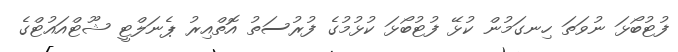
ފުޓުބޯޅަ ނުވަތަ ހިނގަމުން ކުޅޭ ފުޓުބޯޅަ ކުޅުމުގެ ފުރުސަތު އޮތްއިރު ޕެނަލްޓީ ޝޫޓްއައުޓްގެ